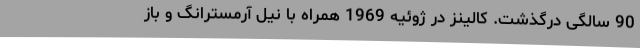
90 سالگی درگذشت. کالینز در ژوئیه 1969 همراه با نیل آرمسترانگ و باز